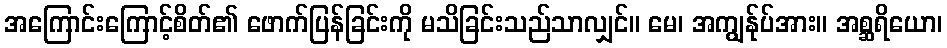
အကြောင်းကြောင့်စိတ်၏ ဖောက်ပြန်ခြင်းကို မသိခြင်းသည်သာလျှင်။ မေ၊ အကျွန်ုပ်အား။ အစ္ဆရိယော၊